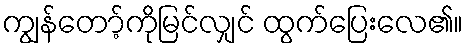
ကျွန်တော့်ကိုမြင်လျှင် ထွက်ပြေးလေ၏။